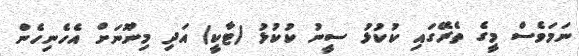
ނަމަވެސް މީގެ ތެރޭގައި ކުކުޅު ސީނު ކުކުޅު (ޓާކީ) އަދި މިނޫނަށް އެހެނިހެން